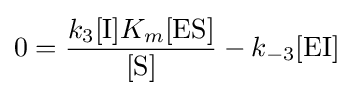
0={\frac {k_{3}[{\ce {I}}]K_{m}[{\mathrm {ES} }]}{[\mathrm {S} ]}}-k_{-3}[{\mathrm {EI} }]